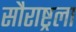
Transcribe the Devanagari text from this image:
सौराष्ट्रला